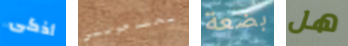
أذكى يحتاجونني بضعة هل